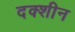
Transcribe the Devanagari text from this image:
दक्शीन